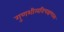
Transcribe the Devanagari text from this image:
गुणशीलविचक्षणस्य